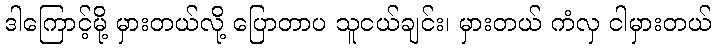
ဒါကြောင့်မို့ မှားတယ်လို့ ပြောတာပ သူငယ်ချင်း၊ မှားတယ် ကံလှ ငါမှားတယ်